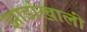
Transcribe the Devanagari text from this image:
झाडांखाली